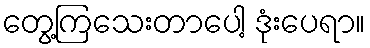
တွေ့ကြသေးတာပေါ့ ဒုံးပေရာ။